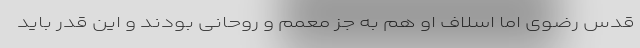
قدس رضوی اما اسلاف او هم به جز معمم و روحانی بودند و این قدر باید